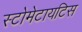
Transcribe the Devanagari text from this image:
स्टोमेटायटिस